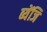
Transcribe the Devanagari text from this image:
ब्येंजि